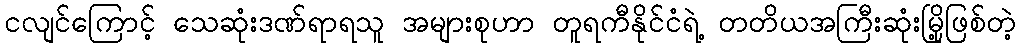
ငလျင်ကြောင့် သေဆုံးဒဏ်ရာရသူ အများစုဟာ တူရကီနိုင်ငံရဲ့ တတိယအကြီးဆုံးမြို့ဖြစ်တဲ့